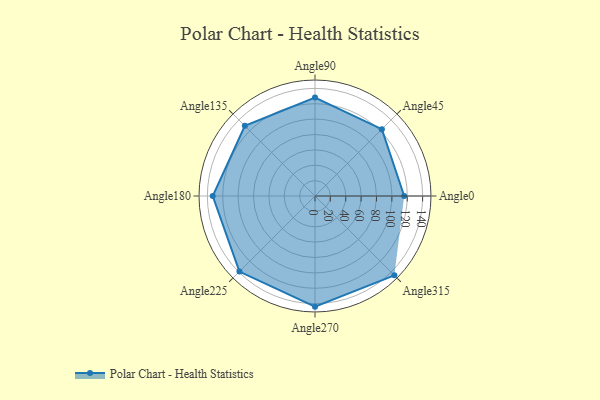
{"axis": {"x": "Angle", "y": "Radius"}, "legend": [""], "data": [{"x": "Angle0", "y": 116.0, "type": ""}, {"x": "Angle45", "y": 123.0, "type": ""}, {"x": "Angle90", "y": 128.0, "type": ""}, {"x": "Angle135", "y": 129.0, "type": ""}, {"x": "Angle180", "y": 133.0, "type": ""}, {"x": "Angle225", "y": 139.0, "type": ""}, {"x": "Angle270", "y": 144.0, "type": ""}, {"x": "Angle315", "y": 146.0, "type": ""}]}